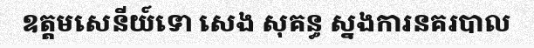
ឧត្តមសេនីយ៍ទោ សេង សុគន្ធ ស្នងការនគរបាល